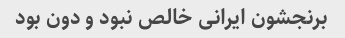
برنجشون ایرانی خالص نبود و دون بود